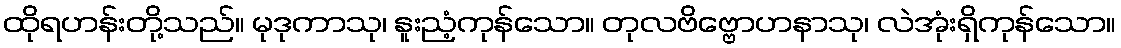
ထိုရဟန်းတို့သည်။ မုဒုကာသု၊ နူးညံ့ကုန်သော။ တုလဗိဗ္ဗောဟနာသု၊ လဲအုံးရှိကုန်သော။